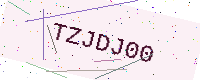
Text: TZJDJ00